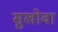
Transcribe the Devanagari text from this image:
सुखोवा